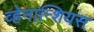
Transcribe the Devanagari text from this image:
व्हेनान्शियस